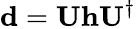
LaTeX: \mathbf{d}=\mathbf{U}\mathbf{h}\mathbf{U}^{\dagger}